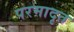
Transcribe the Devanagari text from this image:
परमादृत